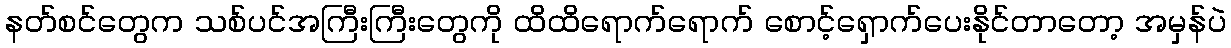
နတ်စင်တွေက သစ်ပင်အကြီးကြီးတွေကို ထိထိရောက်ရောက် စောင့်ရှောက်ပေးနိုင်တာတော့ အမှန်ပဲ